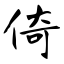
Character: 倚